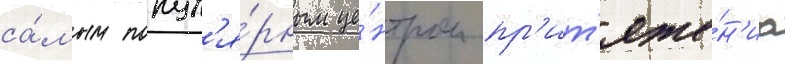
са́мым попул'я́рным це́нтром пр'ит'яже́н'иа